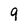
Character: 9